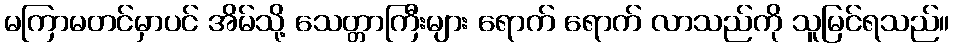
မကြာမတင်မှာပင် အိမ်သို့ သေတ္တာကြီးများ ရောက် ရောက် လာသည်ကို သူမြင်ရသည်။